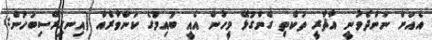
އެއަށް ނަންދެވުނީ އާޘާރީ ތަކެތި ގެންގުޅޭ މީހުން އެއީ ބުއިމުގެ ކަންވާރެއް (އިނގިރޭސިބަހުން: